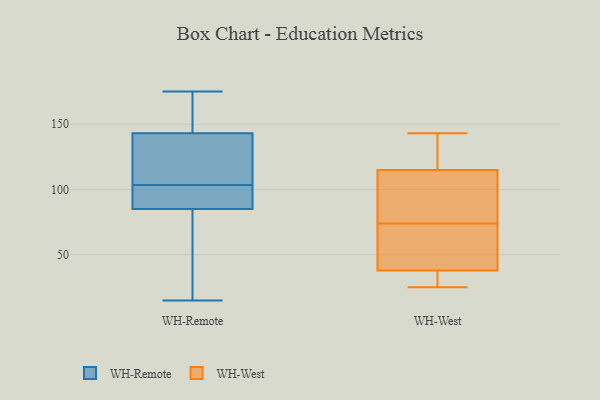
{"axis": {"x": "Tickets Resolved", "y": "Value"}, "legend": ["WH-Remote", "WH-West"], "data": [{"x": "", "y": 97, "type": "WH-Remote"}, {"x": "", "y": 175, "type": "WH-Remote"}, {"x": "", "y": 171, "type": "WH-Remote"}, {"x": "", "y": 110, "type": "WH-Remote"}, {"x": "", "y": 147, "type": "WH-Remote"}, {"x": "", "y": 139, "type": "WH-Remote"}, {"x": "", "y": 95, "type": "WH-Remote"}, {"x": "", "y": 76, "type": "WH-Remote"}, {"x": "", "y": 113, "type": "WH-Remote"}, {"x": "", "y": 15, "type": "WH-Remote"}, {"x": "", "y": 44, "type": "WH-Remote"}, {"x": "", "y": 94, "type": "WH-Remote"}, {"x": "", "y": 115, "type": "WH-West"}, {"x": "", "y": 38, "type": "WH-West"}, {"x": "", "y": 97, "type": "WH-West"}, {"x": "", "y": 32, "type": "WH-West"}, {"x": "", "y": 143, "type": "WH-West"}, {"x": "", "y": 73, "type": "WH-West"}, {"x": "", "y": 75, "type": "WH-West"}, {"x": "", "y": 25, "type": "WH-West"}, {"x": "", "y": 120, "type": "WH-West"}, {"x": "", "y": 50, "type": "WH-West"}]}